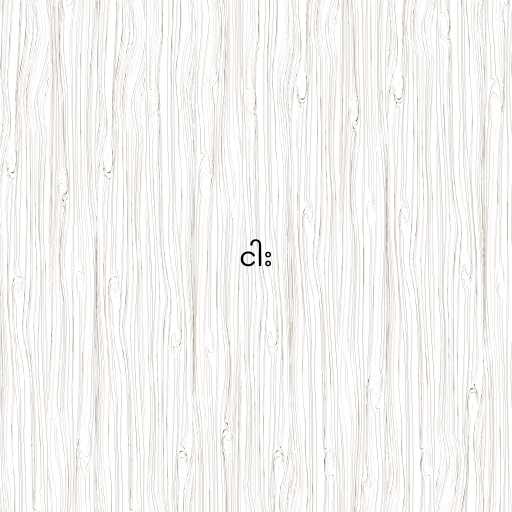
ငါး